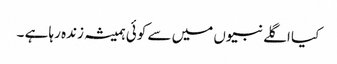
کیا اگلے نبیوں میں سے کوئی ہمیشہ زندہ رہا ہے ۔